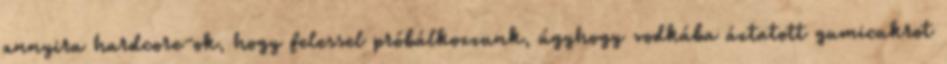
annyira hardcore-ok, hogy felessel próbálkozzunk, úgyhogy vodkába áztatott gumicukrot